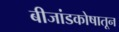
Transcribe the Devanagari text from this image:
बीजांडकोषातून